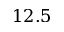
1 2 . 5